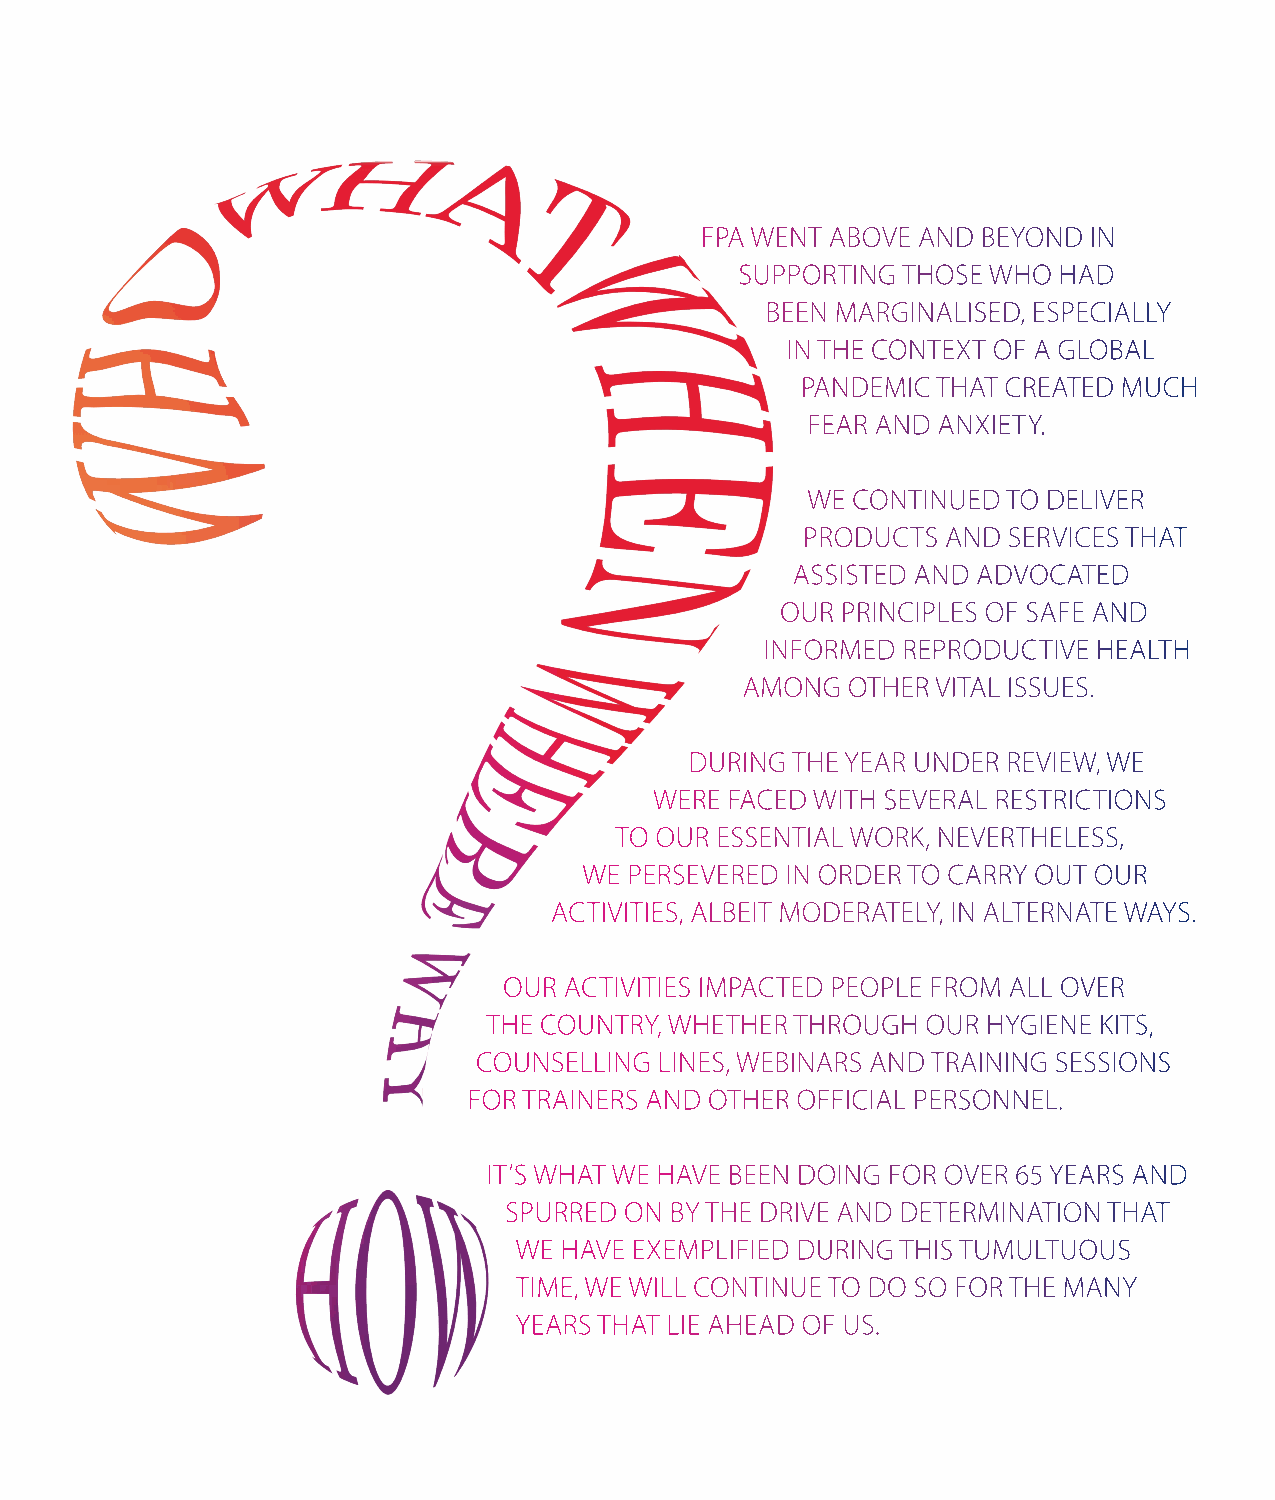
FPA WENT ABOVE AND BEYOND IN
 SUPPORTING THOSE WHO HAD
 BEEN MARGINALISED, ESPECIALLY
 IN THE CONTEXT OF A GLOBAL
 PANDEMIC THAT CREATED MUCH
 FEAR AND ANXIETY.
 WE CONTINUED  TO DELIVER
 PRODUCTS  AND SERVICES THAT
 ASSISTED AND ADVOCATED
 OUR PRINCIPLES OF SAFE AND
 INFORMED REPRODUCTIVE HEALTH
 AMONG  OTHER VITAL ISSUES.
 DURING THE YEAR UNDER REVIEW, WE
 WERE FACED WITH SEVERAL RESTRICTIONS
 TO OUR ESSENTIAL WORK, NEVERTHELESS,
 WE PERSEVERED IN ORDER TO CARRY OUT OUR
 ACTIVITIES, ALBEIT MODERATELY, IN ALTERNATE WAYS.
 OUR ACTIVITIES IMPACTED PEOPLE FROM ALL OVER
 THE COUNTRY, WHETHER THROUGH OUR HYGIENE KITS,
 COUNSELLING LINES, WEBINARS AND TRAINING SESSIONS
 FOR TRAINERS AND OTHER OFFICIAL PERSONNEL.
 IT’S WHAT WE HAVE BEEN DOING FOR OVER 65 YEARS AND
 SPURRED ON BY THE DRIVE AND DETERMINATION THAT
 WE HAVE EXEMPLIFIED DURING THIS TUMULTUOUS
 TIME, WE WILL CONTINUE TO DO SO FOR THE MANY
 YEARS THAT LIE AHEAD OF US.